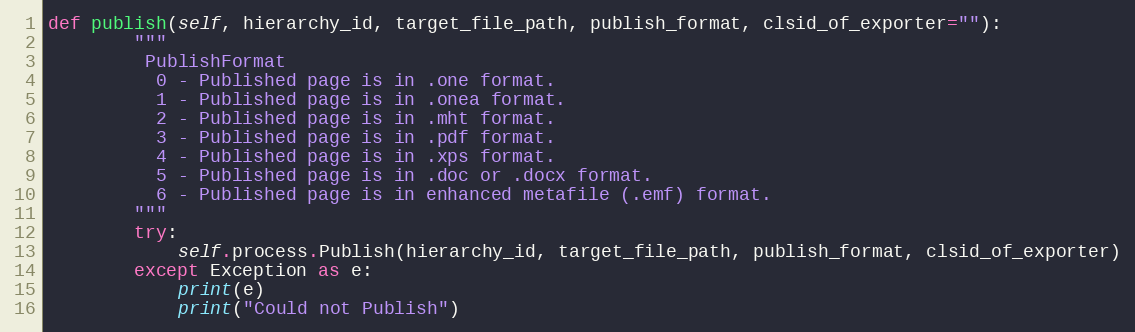
Language: Python
def publish(self, hierarchy_id, target_file_path, publish_format, clsid_of_exporter=""):
        """
         PublishFormat
          0 - Published page is in .one format.
          1 - Published page is in .onea format.
          2 - Published page is in .mht format.
          3 - Published page is in .pdf format.
          4 - Published page is in .xps format.
          5 - Published page is in .doc or .docx format.
          6 - Published page is in enhanced metafile (.emf) format.
        """
        try:
            self.process.Publish(hierarchy_id, target_file_path, publish_format, clsid_of_exporter)
        except Exception as e:
            print(e)
            print("Could not Publish")